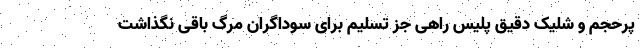
پرحجم و شلیک دقیق پلیس راهی جز تسلیم برای سوداگران مرگ باقی نگذاشت